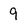
Character: 9